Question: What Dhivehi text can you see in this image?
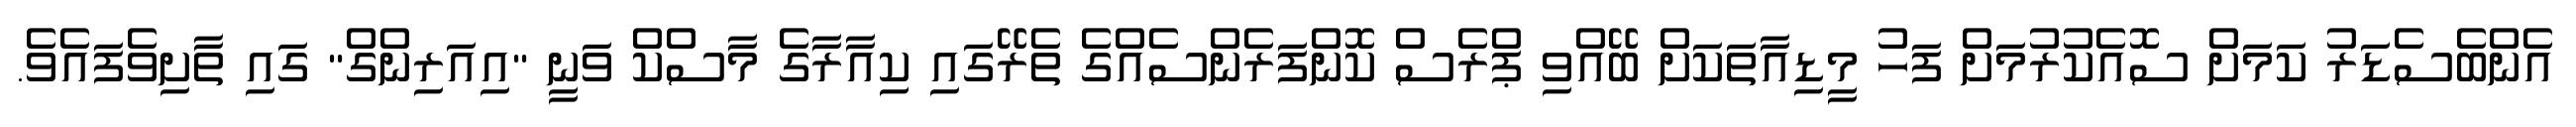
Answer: އެންބެސެޑަރު ކަމަށް ސޮއެކުރުމަށް ފަހު މީޑިއާތަކަށް ބޭއްވި ޕްރެސް ކޮންފަރެންސެއްގެ ތެރޭގައި ކިއާރާގެ މާސްކް ވަނީ "އިއަރިންގް" ގައި ތާށިވެފައެވެ.